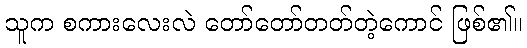
သူက စကားလေးလဲ တော်တော်တတ်တဲ့ကောင် ဖြစ်၏။